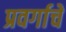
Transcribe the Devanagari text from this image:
प्रवर्गाचे